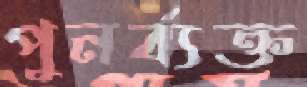
পুনর্ব্যক্ত